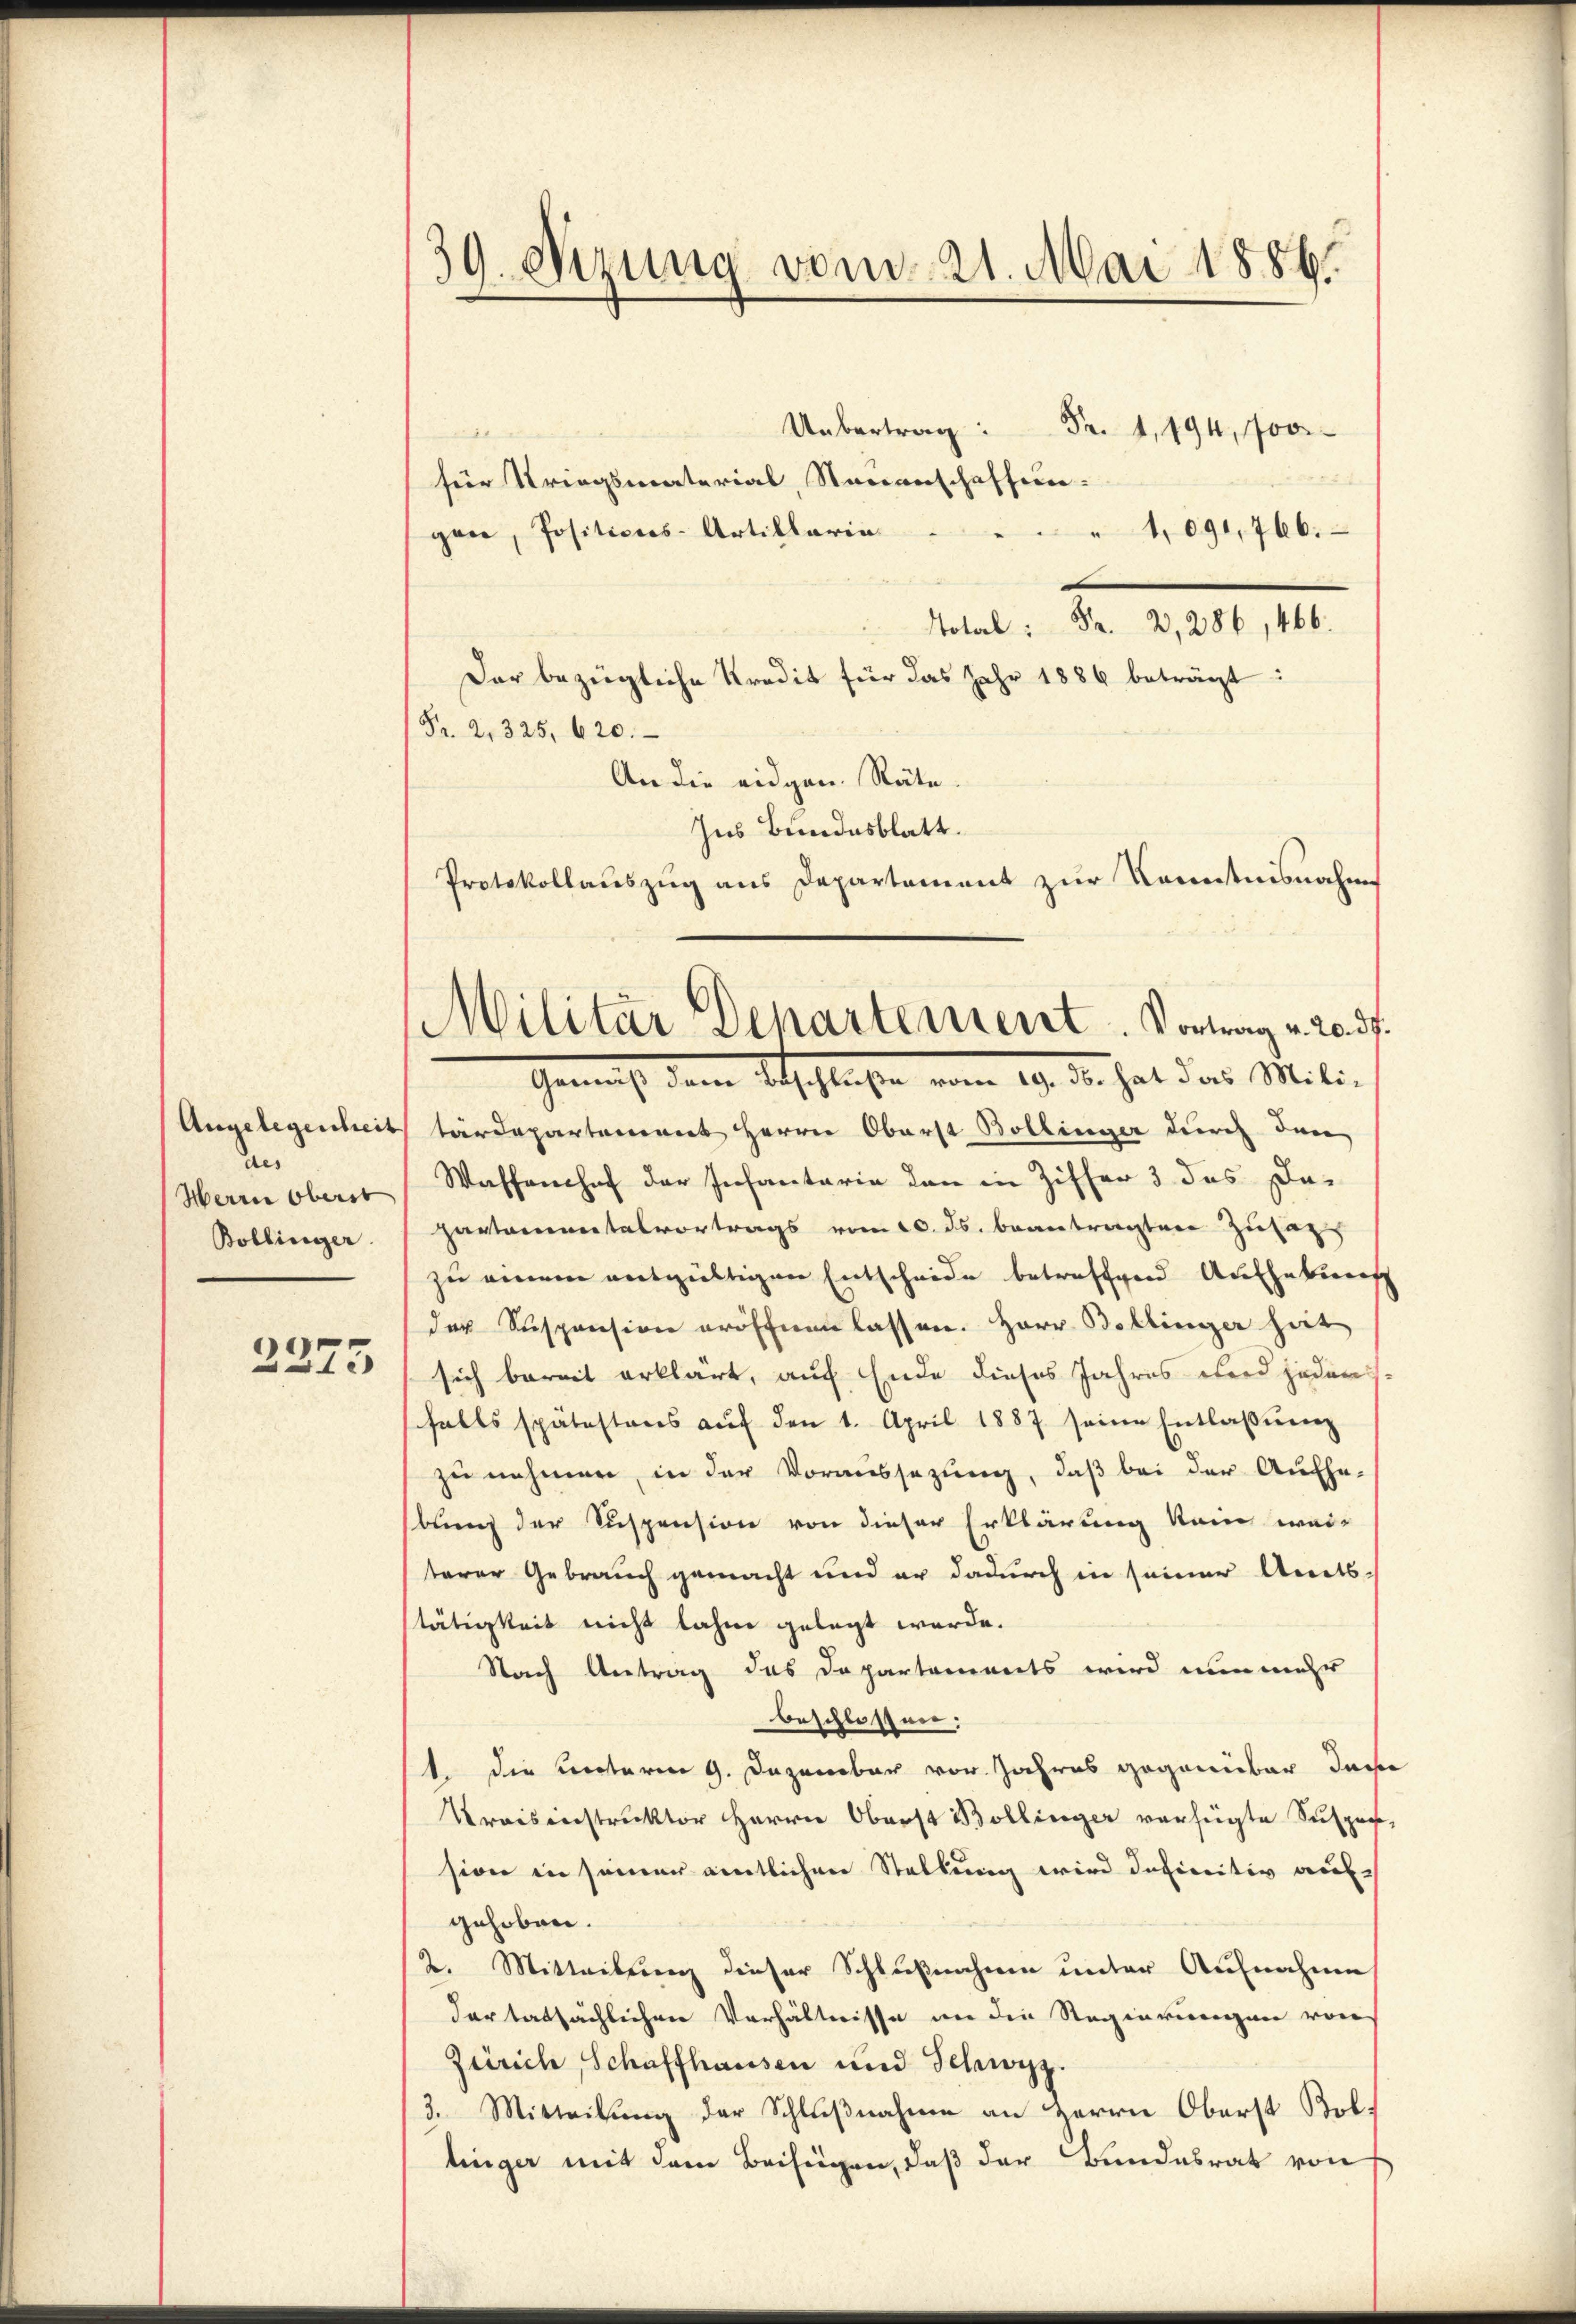
den
Herrn Oberst
Bollinger
2375

39. Nizung vom 21. Mai 1886.

.
für Kriegsmaterial, Stanenschaffun-
" 1091,766.
gen, Positions-Artillaria
.
 Fr. 2, 286, 466.
Der bezügliche Kredit für das Jahr 1886 beträgt:
Fr. 2. 325, 620.
An die eidgen. Räte.
Angelegenheit tärdepartement Herrn Oberst Bollinger durch den
Waffenhof der Infantaria den in Ziffer 3 das Dar
partementalvortrags vom 20. ds. beantragten Zusag
zu einem entgültigen Entscheide betreffend Aufhebung
der Suspension eröffnen lassen. Herr Bollinger hier
sich bereit erklärt, auf Ende dieses Jahres wird jeden
sfalls spätestens aŭf den 1. April 1887 seine Entlaβŭng
zu nehmen, in der Voraussezung, daß bei der Aufhe-
bung der Suspension von dieser Erklärung kein wei
terer Gebrauch gemacht und er dadurch in seiner Amtstätigkeit nicht lahme gelegt werde.
Nach Antrag das Departaments wird nunmehr
beschlossen:
1. Die Unterm 9. Dezember vor Jahres gegenüber Inge
Kraisinstruktor Herrn Oberst Bollinger verfügte Suspen-
sion in seiner amtlichen Stellung wird definitiv aufgehoben.
2. Mitteilung dieser Schlußnahme unter Aufnahme
dar tatsächlichen Verhältnisse in die Regierungen von
Zürich, Schaffhausen und Schwyz.
3. Mitteilŭng der Schlŭβnahme an Herrn Oberst Boltinger mit dem Beifügen, daß der Bundesrat von

Ins Bundesblatt.
Protokollauszug aus Departement zur Kenntnisnahm
Militar Departement. Vortrag v. 20. ds.
Gemacht dem Abschluße vom 19. der hat das Mili¬